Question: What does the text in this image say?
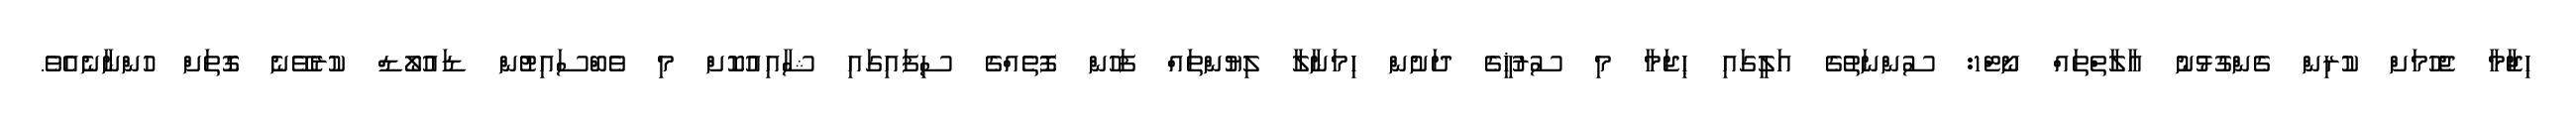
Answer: ޙިޖާމާ ޖެހުމަށް ކުރިން ގެންގުޅުނު އާލާތްތައް ނޯޓް1: ސުންނަތުގެ އަލީގައި ޙިޖަމާ މި ސުރުޚީގެ ދަށުން ހިމަނާލާ ލިޔުންތައް ފަހުން ފޮތެއްގެ ސިފައިގައި ޝާއިއުކޮށް މި ވެބްސައިޓުން ޑައުލޯޑް ކުރެވޭނެ ގޮތަށް ހުންނާނެއެވެ.